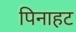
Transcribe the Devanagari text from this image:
पिनाहट